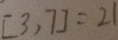
[ 3 , 7 ] = 2 1